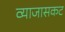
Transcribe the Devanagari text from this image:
व्याजासकट